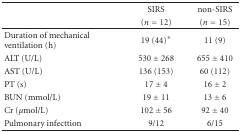
<table><thead><tr><td></td><td><b>SIRS</b></td><td><b>non-SIRS</b></td></tr><tr><td></td><td><b>(<i>n</i> = 12)</b></td><td><b>(<i>n</i> = 15)</b></td></tr></thead><tbody><tr><td>Duration of mechanical ventilation (h)</td><td>19 (44)*</td><td>11 (9)</td></tr><tr><td>ALT (U/L)</td><td>530 ± 268</td><td>655 ± 410</td></tr><tr><td>AST (U/L)</td><td>136 (153)</td><td>60 (112)</td></tr><tr><td>PT (s)</td><td>17 ± 4</td><td>16 ± 2</td></tr><tr><td>BUN (mmol/L)</td><td>19 ± 11</td><td>13 ± 6</td></tr><tr><td>Cr (<i>μ</i>mol/L)</td><td>102 ± 56</td><td>92 ± 40</td></tr><tr><td>Pulmonary infecttion</td><td>9/12</td><td>6/15</td></tr></tbody></table>